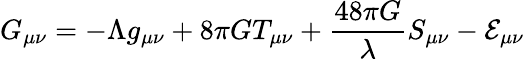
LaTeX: G_{\mu\nu}=-\Lambda g_{\mu\nu}+8\pi GT_{\mu\nu}+\frac{48\pi G}{\lambda}S_{\mu\nu}-{\cal E}_{\mu\nu}